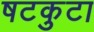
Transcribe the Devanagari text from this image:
षटकुटा